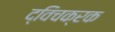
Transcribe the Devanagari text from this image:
द्विचक्रक